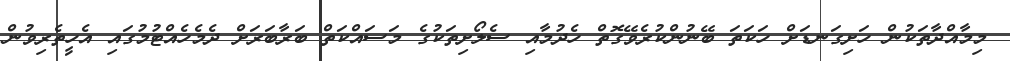
މިމާއްދާތަކުން ހަށިގަނޑަށް ހަކަތަ ބޭނުންކުރެވޭގޮތް ހެދުމާއި ސެލޯށިތަކުގެ މަސައްކަތް ބަރާބަރަށް ދެމެހެއްޓުމުގައި އެހީތެރިވުން